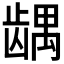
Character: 𱌹